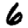
Digit: 6